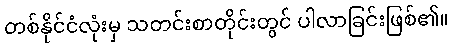
တစ်နိုင်ငံလုံးမှ သတင်းစာတိုင်းတွင် ပါလာခြင်းဖြစ်၏။